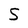
Character: S